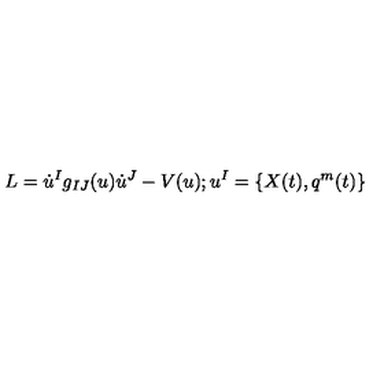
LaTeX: L = \dot { u } ^ { I } g _ { I J } ( u ) \dot { u } ^ { J } - V ( u ) ; u ^ { I } = \{ X ( t ) , q ^ { m } ( t ) \}